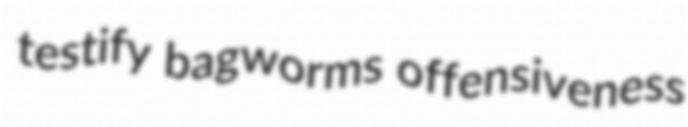
testify bagworms offensiveness